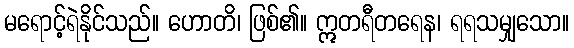
မရောင့်ရဲနိုင်သည်။ ဟောတိ၊ ဖြစ်၏။ ဣတရီတရေန၊ ရရသမျှသော။